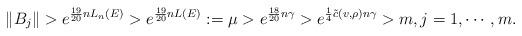
LaTeX: \begin{align*} \|B_j\|>e^{\frac{19}{20}nL_n(E)}>e^{\frac{19}{20}nL(E)}:=\mu>e^{\frac{18}{20} n\gamma}>e^{\frac{1}{4}\tilde{c}({v, \rho}) n\gamma}>m,j=1,\cdots,m.\end{align*}